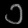
Digit: ၁